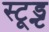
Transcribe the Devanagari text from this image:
स्टूड्न्ट